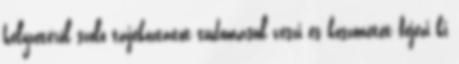
helyzetéről szóló tájékoztatót tudomásul veszi és köszönetét fejezi ki